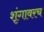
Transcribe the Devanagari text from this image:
शृंगावरच